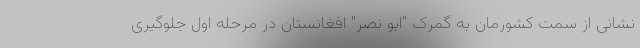
نشانی از سمت کشورمان به گمرک "ابو نصر" افغانستان در مرحله اول جلوگیری